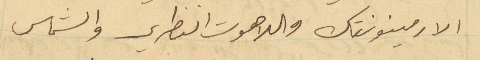
الارمينونتك واللاهوت النظري والشماس